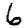
Digit: 6